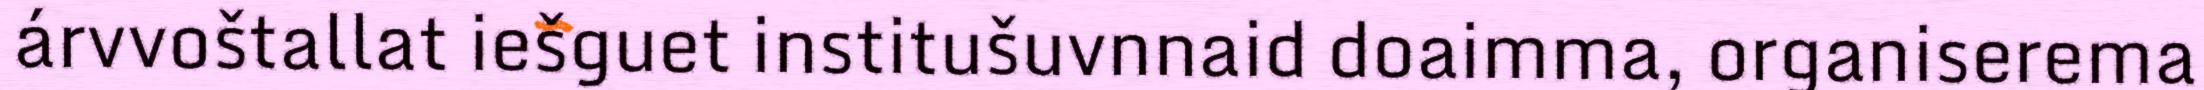
árvvoštallat iešguet institušuvnnaid doaimma, organiserema